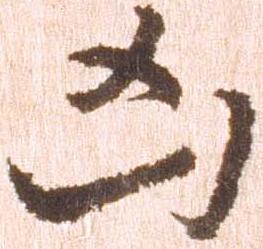
凶